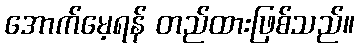
အောက်မေ့ရန် တည်ထားဖြစ်သည်။